Rangoon Lunatic Asylum 1898-1906 - 1898-1906
Year: 1898
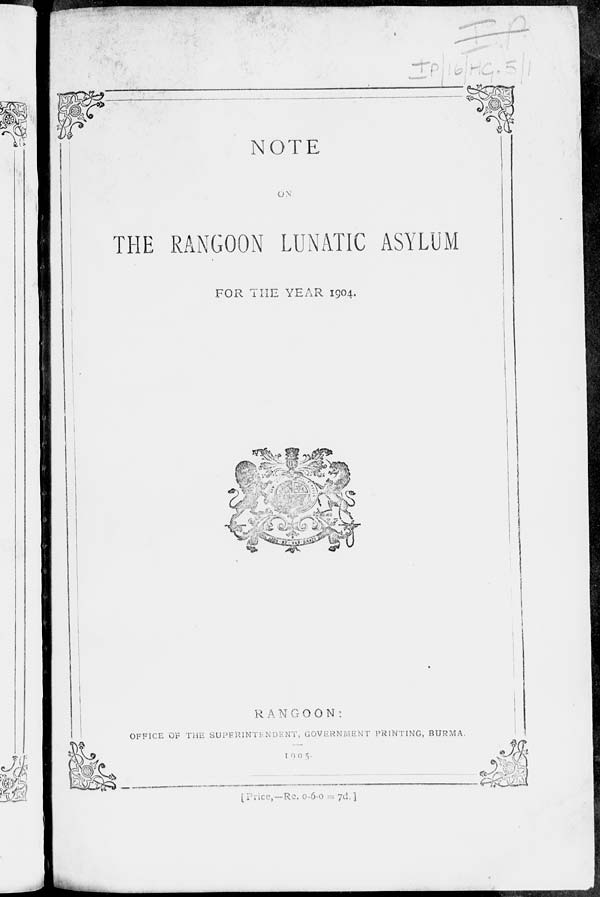
NOTE
ON
THE RANGOON LUNATIC ASYLUM
FOR THE YEAR 1904.
RANGOON:
OFFICE OF THE SUPERINTENDENT, GOVERNMENT PRINTING, BURMA.
1905.
[Price,—Re. 0-6-0 = 7d.]